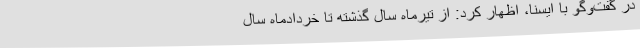
در گفت‌وگو با ایسنا، اظهار کرد: از تیرماه سال گذشته تا خردادماه سال